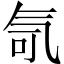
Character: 𪵤